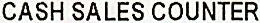
CASH SALES COUNTER